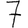
Digit: 7